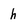
Character: h